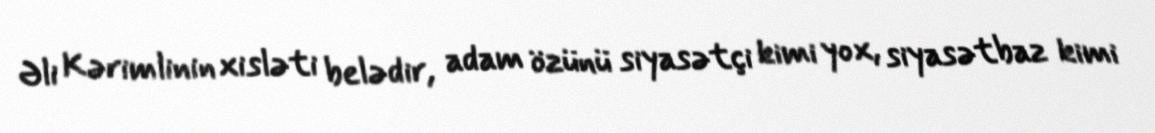
Əli Kərimlinin xisləti belədir, adam özünü siyasətçi kimi yox, siyasətbaz kimi